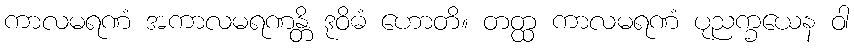
ကာလမရဏံ အကာလမရဏန္တိ ဒုဝိဓံ ဟောတိ။ တတ္ထ ကာလမရဏံ ပုညက္ခယေန ဝါ